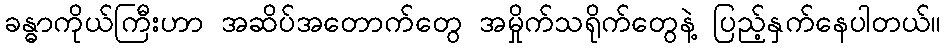
ခန္ဓာကိုယ်ကြီးဟာ အဆိပ်အတောက်တွေ အမှိုက်သရိုက်တွေနဲ့ ပြည့်နှက်နေပါတယ်။